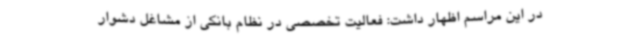
در این مراسم اظهار داشت: فعالیت تخصصی در نظام بانکی از مشاغل دشوار